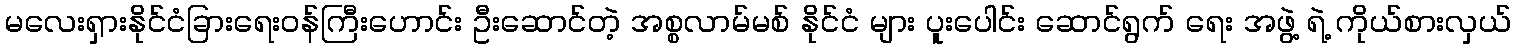
မလေးရှားနိုင်ငံခြားရေးဝန်ကြီးဟောင်း ဦးဆောင်တဲ့ အစ္စလာမ်မစ် နိုင်ငံ များ ပူးပေါင်း ဆောင်ရွက် ရေး အဖွဲ့ ရဲ့ ကိုယ်စားလှယ်